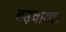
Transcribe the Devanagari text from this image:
बढ़वाया।